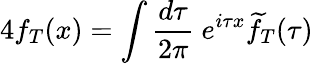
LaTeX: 4f_{T}(x)=\int{\frac{d\tau}{2\pi}}~e^{i\tau x}\widetilde{f}_{T}(\tau)